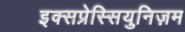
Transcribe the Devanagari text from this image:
इक्सप्रेस्सियुनिज़म